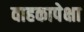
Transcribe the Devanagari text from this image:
वाहकापेक्षा